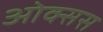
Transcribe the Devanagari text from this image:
ओक्सस